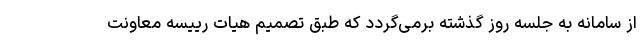
از سامانه به جلسه روز گذشته برمی‌گردد که طبق تصمیم هیات رییسه معاونت